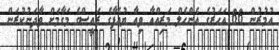
އުމުރުން 66 އަހަރުގެ އެންހެލް މަރިއްއާ ވިއާ ޔުއެފާގެ ރައީސްގެ މަގާމަށް ވާދަނުކުރަން